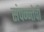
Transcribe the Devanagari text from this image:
संपन्न्तेची